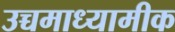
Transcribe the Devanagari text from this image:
उच्चमाध्यामीक